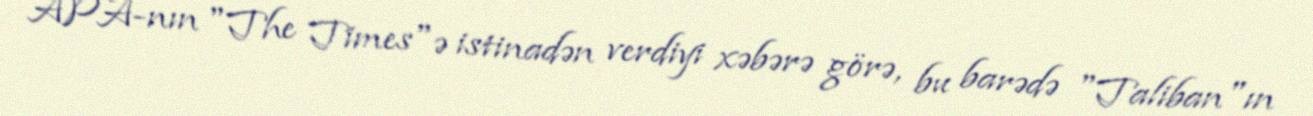
APA-nın "The Times"ə istinadən verdiyi xəbərə görə, bu barədə "Taliban"ın